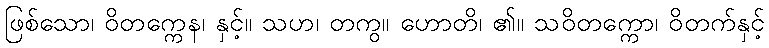
ဖြစ်သော၊ ဝိတက္ကေန၊ နှင့်။ သဟ၊ တကွ။ ဟောတိ၊ ၏။ သဝိတက္ကော၊ ဝိတက်နှင့်